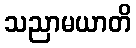
သညာမယာတိ